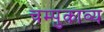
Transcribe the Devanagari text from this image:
चम्पुकाव्य